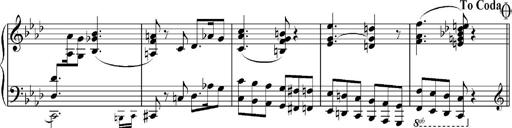
Title: Sonatina No.5
Composer: Otto Stoll
Key: F-sharp minor